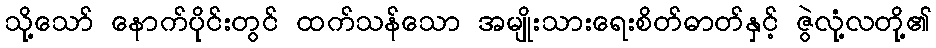
သို့သော် နောက်ပိုင်းတွင် ထက်သန်သော အမျိုးသားရေးစိတ်ဓာတ်နှင့် ဇွဲလုံ့လတို့၏